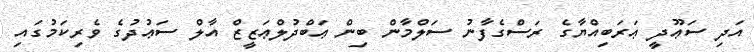
އަދި ސަޢޫދީ ޢަރަބިއްޔާގެ ރަސްގެފާނު ސަލްމާން ބިން ޢަބްދުލްޢަޒީޒް އާލް ސަޢުދުގެ ވެރިކަމުގައި